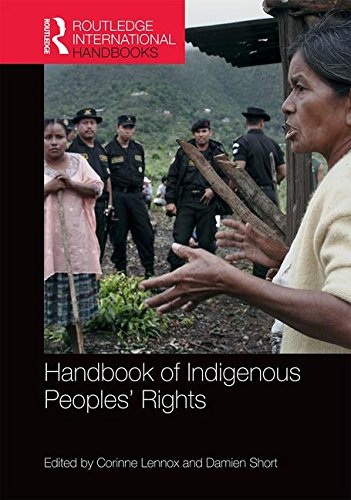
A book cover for Handbook of Indigenous Peoples' Rights (Routledge International Handbooks); Law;